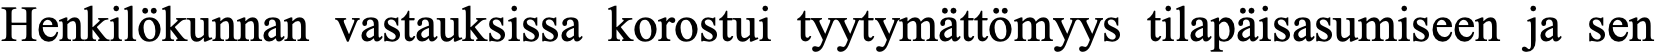
Henkilökunnan vastauksissa korostui tyytymättömyys tilapäisasumiseen ja sen